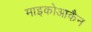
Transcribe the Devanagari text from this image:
माइकोआकैन